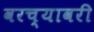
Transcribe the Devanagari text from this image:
वरच्यावरी